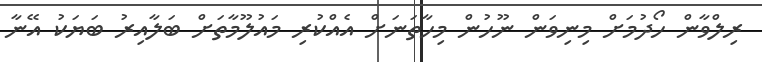
ރިލްވާން ހޯދުމަށް މިނިވަން ނޫހުން މިހާތަނަށް އެއްކުރި މައުލޫމާތަށް ބަލާއިރު ބަޔަކު އޭނާ